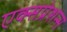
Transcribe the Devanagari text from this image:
एक्सप्रेशन्स